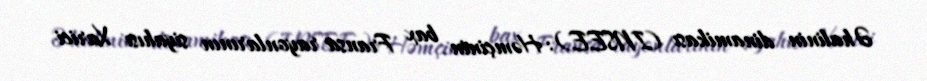
Əhalinin dinamikası (INSEE): Həmçinin bax Fransa rayonlarının siyahısı Xarici